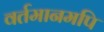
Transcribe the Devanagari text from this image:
वर्तमानमपि